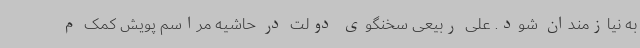
به نیازمندان شود. علی ربیعی سخنگوی دولت در حاشیه مراسم پویش کمک م